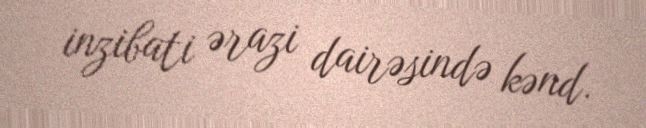
inzibati ərazi dairəsində kənd.